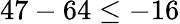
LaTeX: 47-64\leq-16